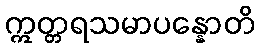
ဣတ္တရသမာပန္နောတိ